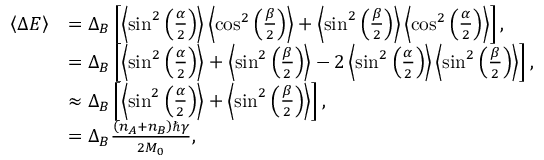
\begin{array} { r l } { \left\langle { \Delta E } \right\rangle } & { = \Delta _ { B } \left[ \left\langle { \sin ^ { 2 } \left( \frac { \alpha } { 2 } \right) } \right\rangle \left\langle { \cos ^ { 2 } \left( \frac { \beta } { 2 } \right) } \right\rangle + \left\langle { \sin ^ { 2 } \left( \frac { \beta } { 2 } \right) } \right\rangle \left\langle { \cos ^ { 2 } \left( \frac { \alpha } { 2 } \right) } \right\rangle \right] , } \\ & { = \Delta _ { B } \left[ \left\langle { \sin ^ { 2 } \left( \frac { \alpha } { 2 } \right) } \right\rangle + \left\langle { \sin ^ { 2 } \left( \frac { \beta } { 2 } \right) } \right\rangle - 2 \left\langle { \sin ^ { 2 } \left( \frac { \alpha } { 2 } \right) } \right\rangle \left\langle { \sin ^ { 2 } \left( \frac { \beta } { 2 } \right) } \right\rangle \right] , } \\ & { \approx \Delta _ { B } \left[ \left\langle { \sin ^ { 2 } \left( \frac { \alpha } { 2 } \right) } \right\rangle + \left\langle { \sin ^ { 2 } \left( \frac { \beta } { 2 } \right) } \right\rangle \right] , } \\ & { = \Delta _ { B } \frac { \left( n _ { A } + n _ { B } \right) \hbar \gamma } { 2 M _ { 0 } } , } \end{array}